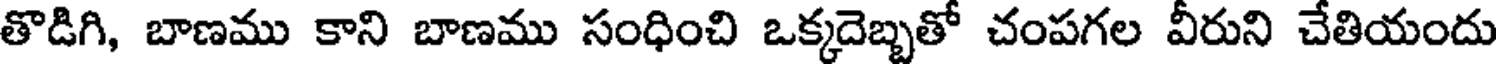
తొడిగి, బాణము కాని బాణము సంధించి ఒక్కదెబ్బతో చంపగల వీరుని చేతియందు